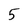
Character: 5